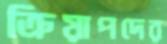
ক্রিয়াপদের